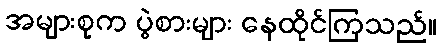
အများစုက ပွဲစားများ နေထိုင်ကြသည်။